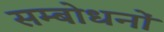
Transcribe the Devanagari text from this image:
सम्बोधनों